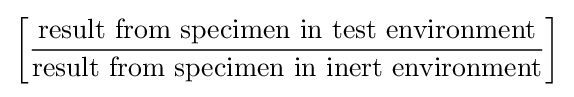
\left[{\frac {\text{result from specimen in test environment}}{\text{result from specimen in inert environment}}}\right]